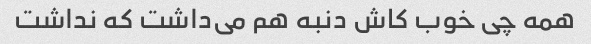
همه چی خوب کاش دنبه هم می‌داشت که نداشت